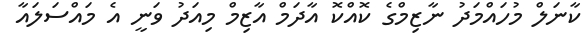
ކާނަލް މުހައްމަދު ނާޒިމްގެ ކޮއްކޮ އާދަމް އާޒިމް މިއަދު ވަނީ އެ މައްސަލައާ